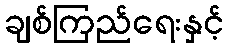
ချစ်ကြည်ရေးနှင့်